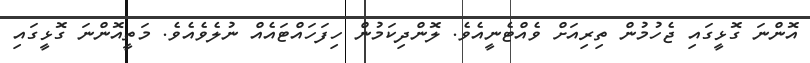
އޮންނަ ގޮޅީގައި ޖެހުމުން ތިރިއަށް ވެއްޓެނީއެވެ. ލޮންދިކަމުން ހިފަހައްޓައެއް ނުލެވެއެވެ. މަތީއޮންނަ ގޮޅީގައި